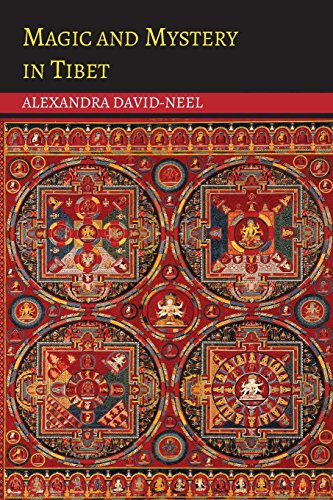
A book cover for Magic and Mystery in Tibet; Alexandra David-Neel; Travel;